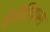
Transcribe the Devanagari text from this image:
ईयोहिप्पस